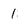
Character: 1